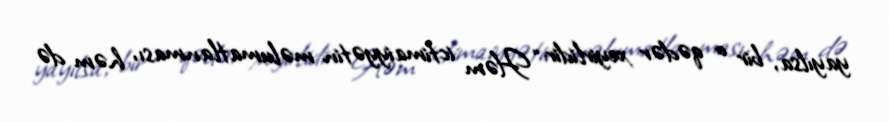
yayılsa, bir o qədər xeyirlidir: “Həm ictimaiyyətin məlumatlanması, həm də